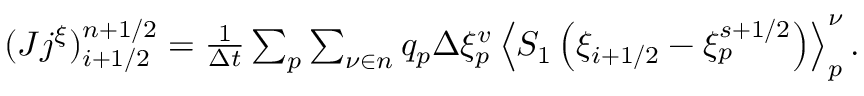
\begin{array} { r } { ( J j ^ { \xi } ) _ { i + 1 / 2 } ^ { n + 1 / 2 } = \frac { 1 } { \Delta t } \sum _ { p } \sum _ { \nu \in n } q _ { p } \Delta \xi _ { p } ^ { v } \left\langle { S _ { 1 } } \left( { \xi } _ { i + 1 / 2 } - { \xi } _ { p } ^ { s + 1 / 2 } \right) \right\rangle _ { p } ^ { \nu } . } \end{array}